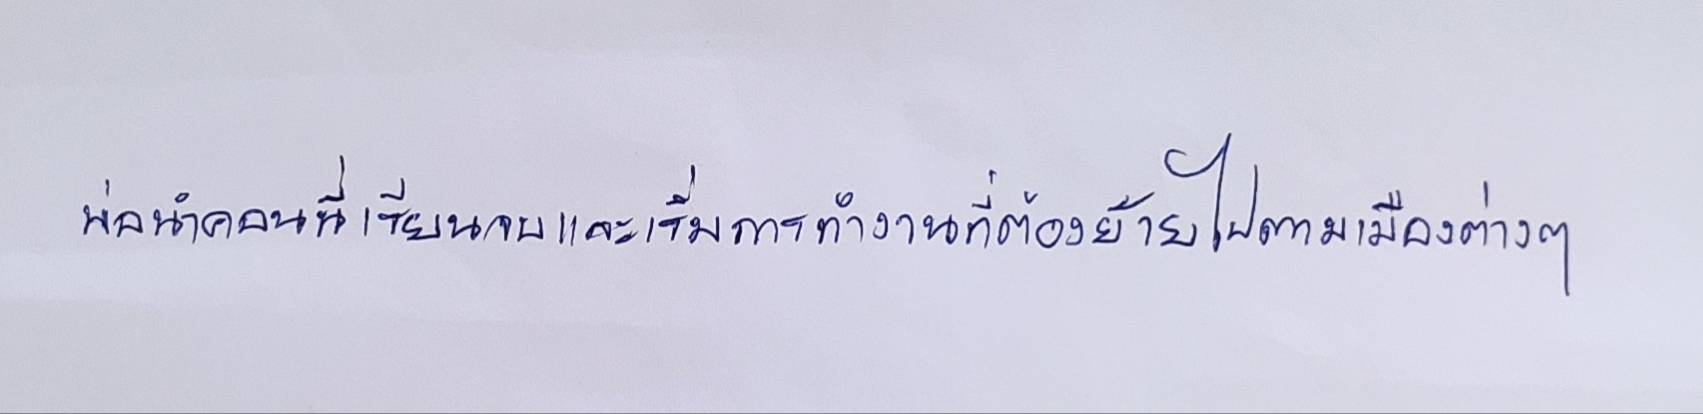
พ่อนำคอนนี่เรียนจบและเริ่มการทำงานที่ต้องย้ายไปตามเมืองต่างๆ